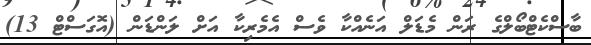
ބާސްކެޓްބޯލްގެ ރަން މެޑަލް އަނެއްކާ ވެސް އެމެރިކާ އަށް ލަންޑަން (އޮގަސްޓް 13)